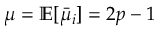
\mu = \mathbb { E } [ \bar { \mu } _ { i } ] = 2 p - 1